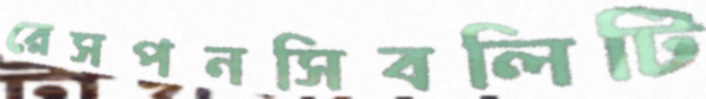
রেসপনসিবলিটি